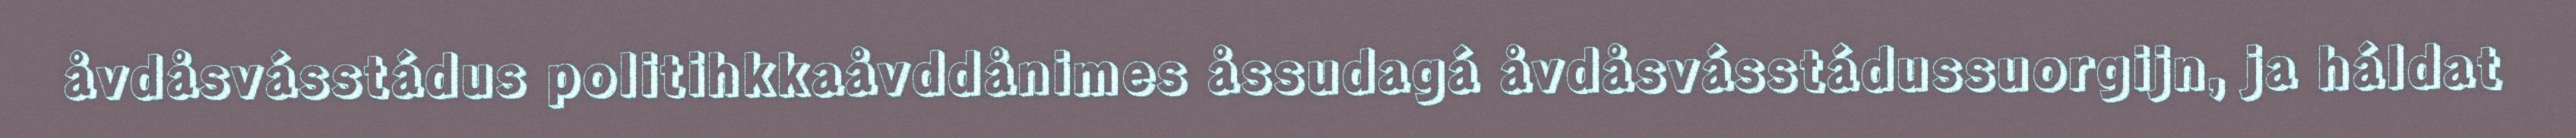
åvdåsvásstádus politihkkaåvddånimes åssudagá åvdåsvásstádussuorgijn, ja háldat